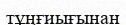
тұңғиығынан